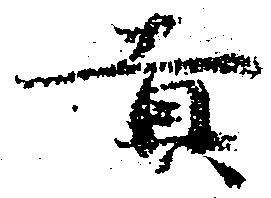
貢